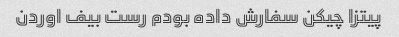
پیتزا چیکن سفارش داده بودم رست بیف اوردن